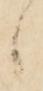
候